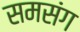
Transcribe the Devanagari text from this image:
समसंग